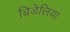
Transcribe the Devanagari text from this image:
ब्रिडेलिया